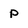
Character: p